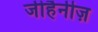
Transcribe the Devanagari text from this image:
जीहैनीज़